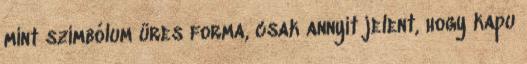
mint szimbólum üres forma, csak annyit je­lent, hogy kapu